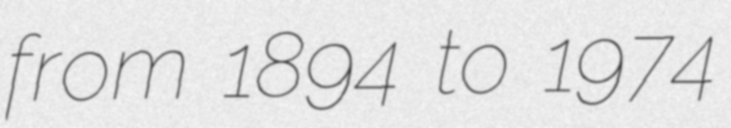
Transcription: from 1894 to 1974